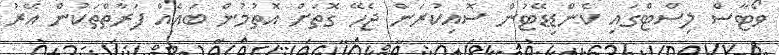
ވޯޓާސް ލިސްޓްގައި ކެންޑިޑޭޓުން ސޮއިކުރަން ޖެހޭ ގޮތަށް އޮތުމުން ބައެއް ފަރާތްތަކުން އޭރު